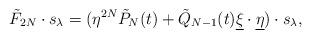
LaTeX: \begin{align*} \tilde{F}_{2N}\cdot s_\lambda = (\eta^{2N}\tilde{P}_N(t)+\tilde{Q}_{N-1}(t) {\underline\xi}\cdot{\underline \eta})\cdot s_\lambda , \end{align*}